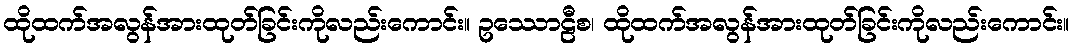
ထိုထက်အလွန်အားထုတ်ခြင်းကိုလည်းကောင်း။ ဥဿောဠီစ၊ ထိုထက်အလွန်အားထုတ်ခြင်းကိုလည်းကောင်း။